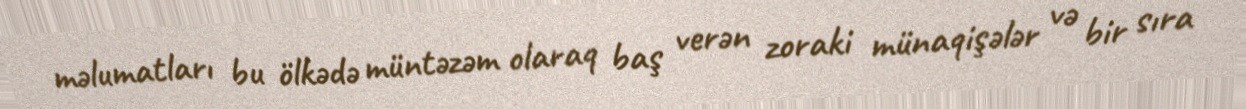
məlumatları bu ölkədə müntəzəm olaraq baş verən zoraki münaqişələr və bir sıra